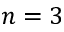
n = 3